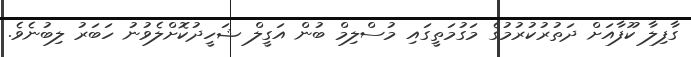
ގާފިލާ ކޫފާއަށް ދަތުރުކުރުމުގެ މަގުމަތީގައި މުސްލިމް ބުން އަގީލް ޝަހީދުކޮށްލެވުނު ހަބަރު ލިބުނެވެ.